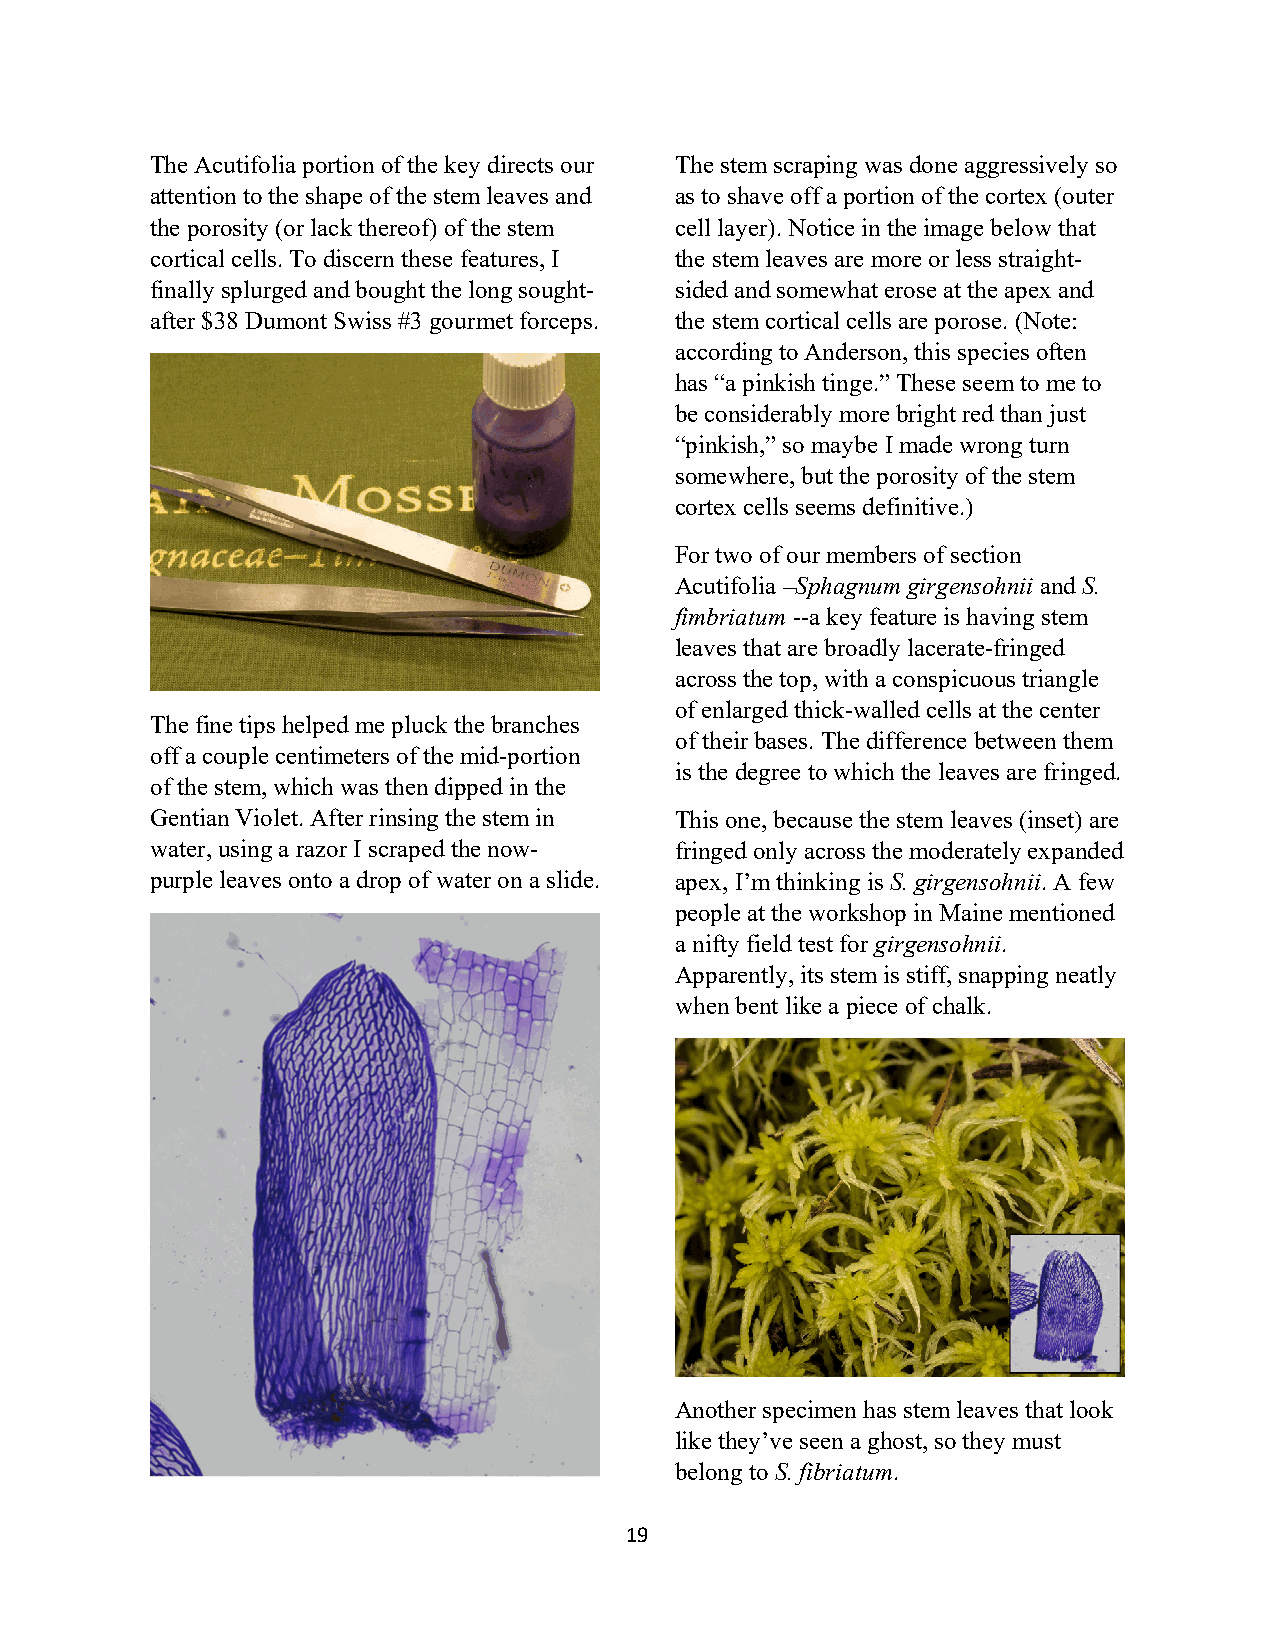
The Acutifolia portion of the key directs our The stem scraping was done aggressively so
 attention to the shape of the stem leaves and as to shave off a portion of the cortex (outer
 the porosity (or lack thereof) of the stem cell layer). Notice in the image below that
 cortical cells. To discern these features, I the stem leaves are more or less straight-
 finally splurged and bought the long sought- sided and somewhat erose at the apex and
 after $38 Dumont Swiss #3 gourmet forceps. the stem cortical cells are porose. (Note:
 according to Anderson, this species often
 has “a pinkish tinge.” These seem to me to
 be considerably more bright red than just
 “pinkish,” so maybe I made wrong turn
 somewhere, but the porosity of the stem
 cortex cells seems definitive.)
 For two of our members of section
 Acutifolia –Sphagnum girgensohnii and S.
 fimbriatum --a key feature is having stem
 leaves that are broadly lacerate-fringed
 across the top, with a conspicuous triangle
 of enlarged thick-walled cells at the center
 The fine tips helped me pluck the branches
 of their bases. The difference between them
 off a couple centimeters of the mid-portion
 is the degree to which the leaves are fringed.
 of the stem, which was then dipped in the
 Gentian Violet. After rinsing the stem in This one, because the stem leaves (inset) are
 water, using a razor I scraped the now- fringed only across the moderately expanded
 purple leaves onto a drop of water on a slide. apex, I’m thinking is S. girgensohnii. A few
 people at the workshop in Maine mentioned
 a nifty field test for girgensohnii.
 Apparently, its stem is stiff, snapping neatly
 when bent like a piece of chalk.
 Another specimen has stem leaves that look
 like they’ve seen a ghost, so they must
 belong to S. fibriatum.
 19